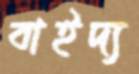
বাইদ্য